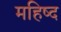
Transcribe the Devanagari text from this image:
महिष्द